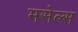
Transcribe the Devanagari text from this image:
मसेल्स